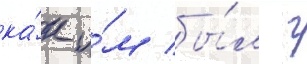
ка́к и́м бы́л г